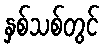
နှစ်သစ်တွင်